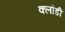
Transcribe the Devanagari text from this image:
क्लौडी